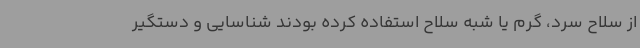
از سلاح سرد، گرم یا شبه سلاح استفاده کرده بودند شناسایی و دستگیر